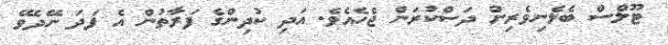
ޓޫލްސް ބެލެނިވެރިން ދަސްކުރަން ޖެހެއެވެ. އަދި ކުދިންގެ ފަރާތުން އެ ފަދަ ނޭދެވޭ